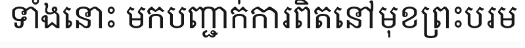
ទាំងនោះ មកបញ្ជាក់ការពិតនៅមុខព្រះបរម